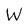
Character: W